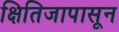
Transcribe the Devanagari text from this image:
क्षितिजापासून